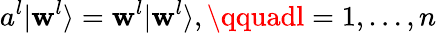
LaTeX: a^{l}|\mathbf{w}^{l}\rangle=\mathbf{w}^{l}|\mathbf{w}^{l}\rangle,\qquadl=1,\ldots,n